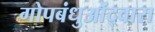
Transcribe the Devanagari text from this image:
गोपबंधुओंद्वारा